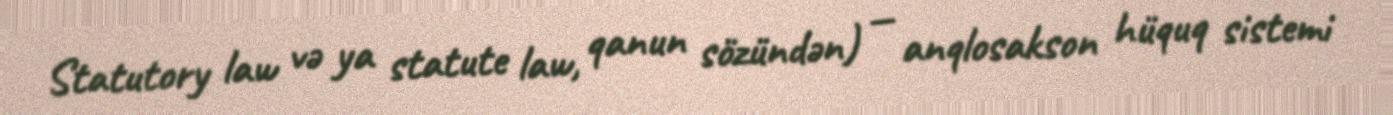
Statutory law və ya statute law, qanun sözündən) — anqlosakson hüquq sistemi